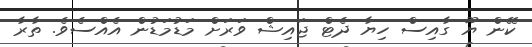
ކޭން ޔޫ ގާއިސް ހިޔާ ދެޓް ޖައިޝް ވަރަށް މަޑުމަޑުން އެއްސެވެ. ތާރާ